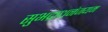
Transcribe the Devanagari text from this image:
सुभद्राधनंजयम